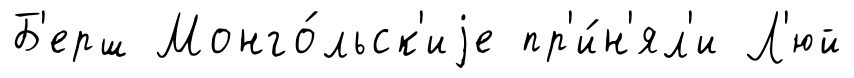
Б'ерш Монго́льск'иjе пр'и́н'ял'и Л'юй